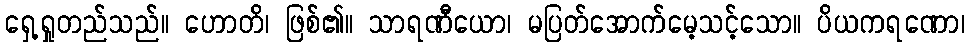
ရှေ့ရှုတည်သည်။ ဟောတိ၊ ဖြစ်၏။ သာရဏီယော၊ မပြတ်အောက်မေ့သင့်သော။ ပိယကရဏော၊